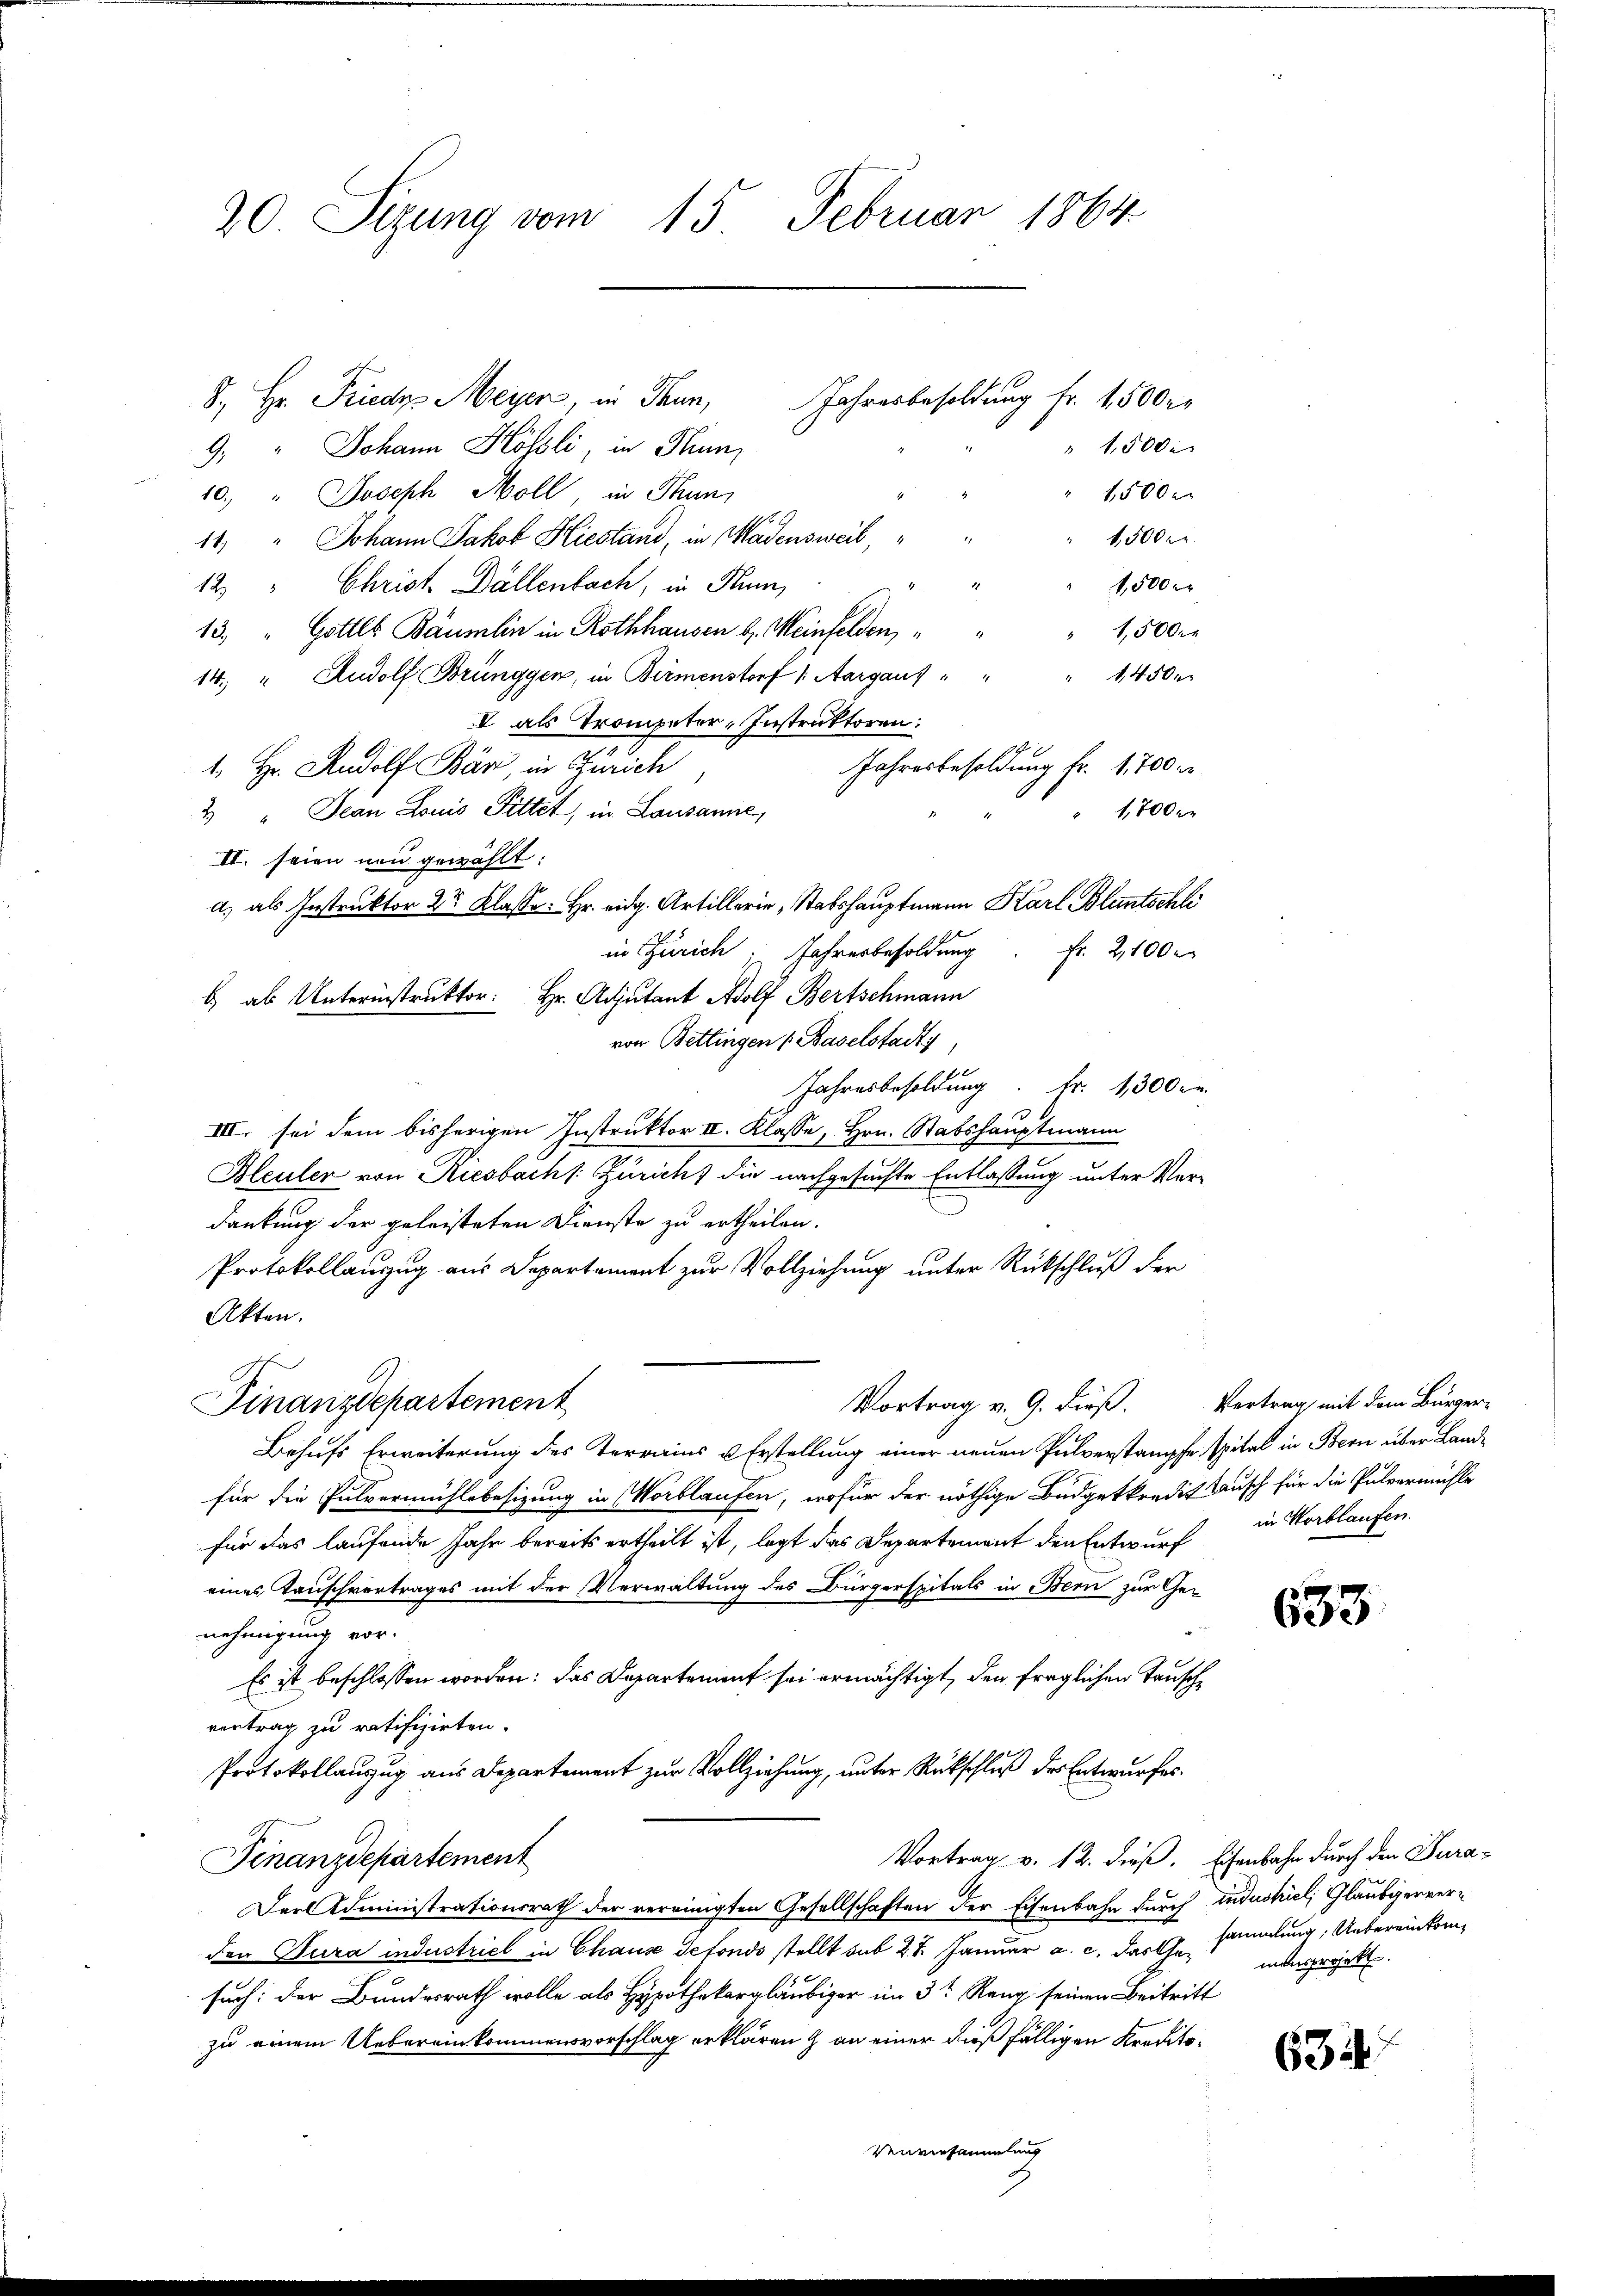
20 Sizung vom 15. Februar 1864

9. " Johann Hösli, in Hun
10.) " Joseph Moll, in Thun,
1500fr.
11. " Johann Jakob Hiestand, in Madensweil,
1,500 Fr
12 " Christ. Dallenbach, in Flum
13. " Gottes Bäumlin in Rothhausen d. Meinfelden,
 1,500 r
1450
14. " Rudolf Brünggen, in Birmenstorf (Aargaus"
V als Trompeter, Instruktoren.
14
Jahresbesoldung fr. 1,700 r
1. Hr. Rudolf Bär, in Zürich
2 Jean Louis Fittet, in Lausanne,
1,700
II. seien neu gewählt:
a.) als Instruktor 2r Klasse. Hr. eidg. Artillerie, Stabshauptmann Karl Bluntschli
Fr. 2100 x
in Zürich: Jahresbesoldung
b als Unterinstruktor Hr. Adjutant Adolf Bertschmann
von Bettingen (Baselstadt,
Jahresbesoldung. Fr. 1300 r.
1
III. sei dem bisherigen Instruktor II. Klasse, Hrn. Stabshauptmann
Bleuler von Riesbachs: Züricht die nachgesuchte Entlassung unter Ver-
dankung der geleisteten Dienste zu ertheilen.
Protokollauszug aus Departement zur Vollziehung unter Rückschluß der
Akten.
Finanzdepartement
Vortrag v. 9. dieß.
Behufs Erweiterung des Terrains u Erstellung einer neuen Pulverstampfe spital in Bern über Landfür die Pulvermühlsbesizung in Wortlaufen, wofür der nöthige Budgetkredit Lausch für die Pulvermühle
für das laufende Jahr bereits ertheilt ist, legt das Departement den Entwurf
eines Tauschvertrages mit der Verwaltung des Bürgerspitals in Bern zur Genehmigung vor.
Es ist beschlossen worden; das Departement sei ermächtigt, den fraglichen Tauschvertrag zu ratifizirten.
Protokollauszug aus Departement zur Vollziehung, unter Rückschluß der Entwurfes
Vortrag v. 12. dieß. Eisenbahn durch den Dura¬
Finanzdepartement
Der Administrationsrath der vereinigten Gesellschaften der Eisenbahn durch industriel, Glauberverden Jura industriel in Chause defonds stellt sub 27. Januar a. c. das Gesuch: der Bundesrath wolle als Hypothekargläubiger im 3t Reug seinen Beitritt
zu einem Uebereinkommensvorschlag erklären & an einer dießfälligen Kredito¬

8., Hr. Friedr. Meyer, in Thun, Jahresbesoldung Fr. 1500 r

1,500
1,500

Vertrag mit dem Bürgerin Horblaufen.

18.1
603

sammlung. Uebereinkommansprojekt.

6314